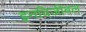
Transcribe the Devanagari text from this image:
इनविजीबल